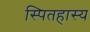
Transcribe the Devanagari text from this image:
स्पितहास्य